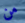
من